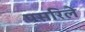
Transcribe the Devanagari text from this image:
पसरिले